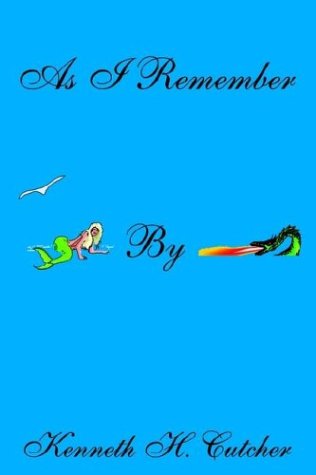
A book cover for As I Remember: Commercial Fishing Bootlegging; Kenneth H. Cutcher; Sports & Outdoors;